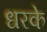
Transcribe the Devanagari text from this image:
धरके